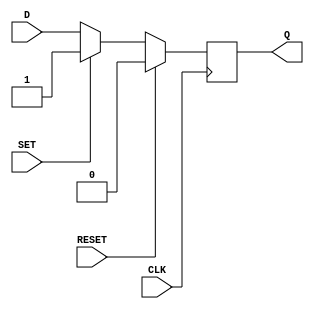
module d_ff_reset_set (
    input wire D, 
    input wire CLK, 
    input wire SET, 
    input wire RESET, 
    output reg Q
);

always @(posedge CLK) begin
    if (RESET) begin
        Q <= 0;
    end else if (SET) begin
        Q <= 1;
    end else begin
        Q <= D;
    end
end

endmodule